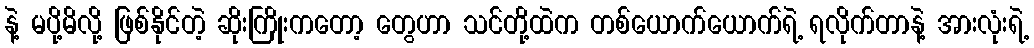
နဲ့ မပို့မိလို့ ဖြစ်နိုင်တဲ့ ဆိုးကြိုးကတော့ တွေဟာ သင်တို့ထဲက တစ်ယောက်ယောက်ရဲ့ ရလိုက်တာနဲ့ အားလုံးရဲ့